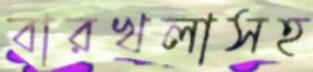
বারখলাসহ